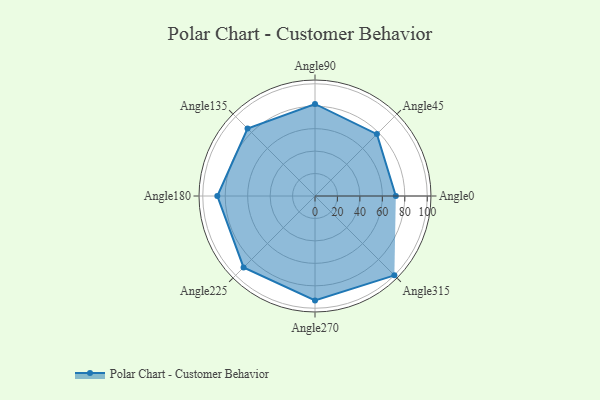
{"axis": {"x": "Angle", "y": "Radius"}, "legend": [""], "data": [{"x": "Angle0", "y": 72.0, "type": ""}, {"x": "Angle45", "y": 78.0, "type": ""}, {"x": "Angle90", "y": 82.0, "type": ""}, {"x": "Angle135", "y": 85.0, "type": ""}, {"x": "Angle180", "y": 87.0, "type": ""}, {"x": "Angle225", "y": 90.0, "type": ""}, {"x": "Angle270", "y": 93.0, "type": ""}, {"x": "Angle315", "y": 100.0, "type": ""}]}